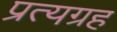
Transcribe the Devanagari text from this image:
प्रत्यग्रह